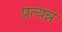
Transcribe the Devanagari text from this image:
प्रत्यन्न